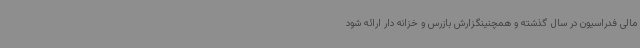
مالی فدراسیون در سال گذشته و همچنینگزارش بازرس و خزانه دار ارائه شود